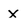
Character: x